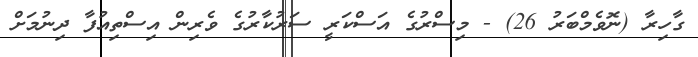
ގާހިރާ (ނޮވެމްބަރު 26) - މިސްރުގެ އަސްކަރީ ސަރުކާރުގެ ވެރިން އިސްތިއުފާ ދިނުމަށް